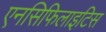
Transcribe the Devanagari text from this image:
एनसिफिलाइटिस